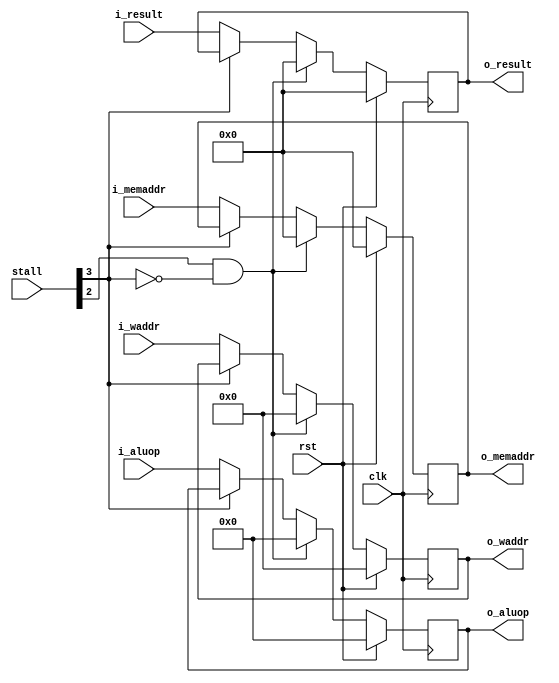
module ex_mem(
	input clk,
	input rst,

	input[4:0]   stall,
	
	input[5:0]   i_aluop,
	input[31:0]  i_result,
	input[31:0]  i_memaddr,
	input[4:0]   i_waddr,
	
	output[5:0]   o_aluop,
	output[31:0]  o_result,
	output[31:0]  o_memaddr,
	output[4:0]   o_waddr
);


reg[5:0] aluop;
reg[31:0] result;
reg[31:0] memaddr;
reg[4:0] waddr;


assign o_aluop = aluop;
assign o_result = result;
assign o_memaddr = memaddr;
assign o_waddr = waddr;

always @(posedge clk) begin
	if (rst == 1) begin
		aluop <= 0;
		result <= 0;
		memaddr <= 0;
		waddr <= 0;
	end else if (stall[2] == 1 && stall[3] == 0) begin
		aluop <= 0;
		result <= 0;
		memaddr <= 0;
		waddr <= 0;
	end else if (stall[3] == 1) begin
		aluop <= aluop;
		result <= result;
		memaddr <= memaddr;
		waddr <= waddr;
	end else begin
		aluop <= i_aluop;
		result <= i_result;
		memaddr <= i_memaddr;
		waddr <= i_waddr;
	end
end

endmodule